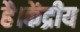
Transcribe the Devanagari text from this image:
है।केंद्रीय